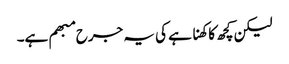
لیکن کچھ کا کھنا ہے کی یہ جرح مبھم ہے۔